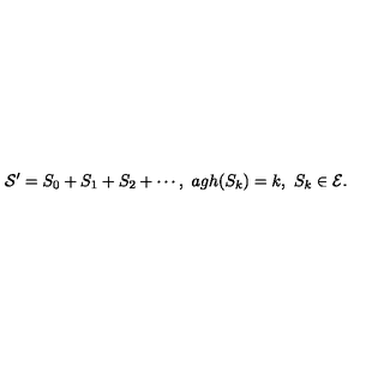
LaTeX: { \cal S } ^ { \prime } = S _ { 0 } + S _ { 1 } + S _ { 2 } + \cdots , \ a g h ( S _ { k } ) = k , \ S _ { k } \in { \cal E } .